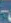
-